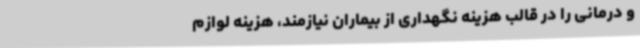
و درمانی را در قالب هزینه نگهداری از بیماران نیازمند، هزینه لوازم